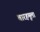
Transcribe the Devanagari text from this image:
बारहमूला